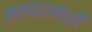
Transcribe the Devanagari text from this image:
मलवारमध्यें